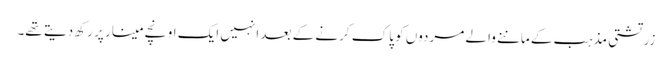
زرتشتی مذہب کے ماننے والے مردوں کو پاک کرنے کے بعد انہیں ایک اونچے مینار پر رکھ دیتے تھے۔